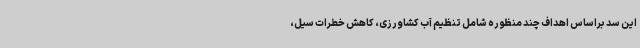
این سد براساس اهداف چند منظوره شامل تنظیم آب کشاورزی، کاهش خطرات سیل،